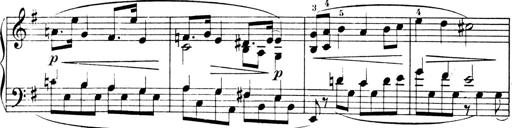
Title: 4 Sonatines
Composer: Max Reger